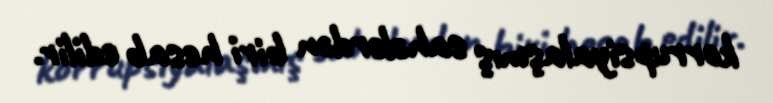
korrupsiyalaşmış sahələrdən biri hesab edilir.